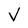
Character: V